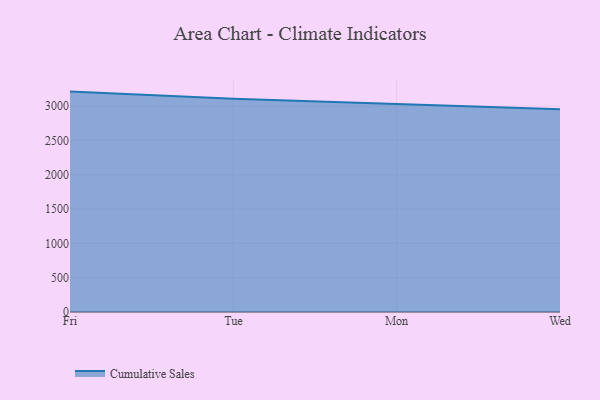
{"axis": {"x": "Day", "y": "Budget (USD K)"}, "legend": ["Cumulative Sales"], "data": [{"x": "Fri", "y": 3210.6, "type": "Cumulative Sales"}, {"x": "Tue", "y": 3107.9, "type": "Cumulative Sales"}, {"x": "Mon", "y": 3031.3, "type": "Cumulative Sales"}, {"x": "Wed", "y": 2952.1, "type": "Cumulative Sales"}]}